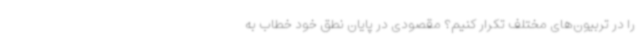
را در تربیون‌های مختلف تکرار کنیم؟ مقصودی در پایان نطق خود خطاب به